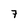
Character: 7